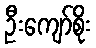
ဦးကျော်စိုး